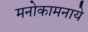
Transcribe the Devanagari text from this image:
मनोकामनाये